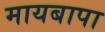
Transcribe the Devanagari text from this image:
मायबापा